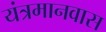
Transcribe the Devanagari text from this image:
यंत्रमानवास